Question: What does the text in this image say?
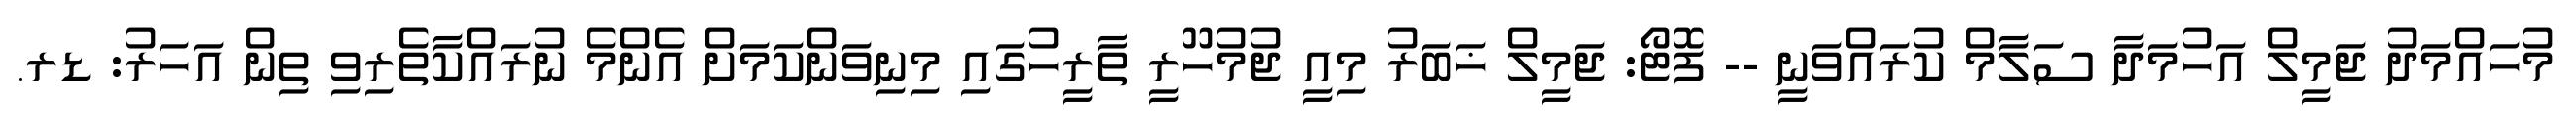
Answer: މުހައްމަދު ޖަމީލް އަހުމަދާ ސަލާމް ކުރައްވަނީ -- ފޮޓޯ: ޖަމީލް ޚަބަރު މިއީ ޖުމުހޫރީ ތާރީހުގައި މިނިވަންކަމަށް އެންމެ ނުރައްކާތެރިވި ތިން އަހަރު: ޑރ.